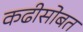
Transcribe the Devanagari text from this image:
कढीसोबत